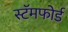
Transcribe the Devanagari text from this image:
स्टॅमफोर्ड